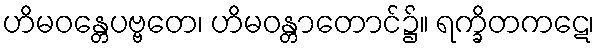
ဟိမဝန္တေပဗ္ဗတေ၊ ဟိမဝန္တာတောင်၌။ ရက္ခိတကဋေ၊